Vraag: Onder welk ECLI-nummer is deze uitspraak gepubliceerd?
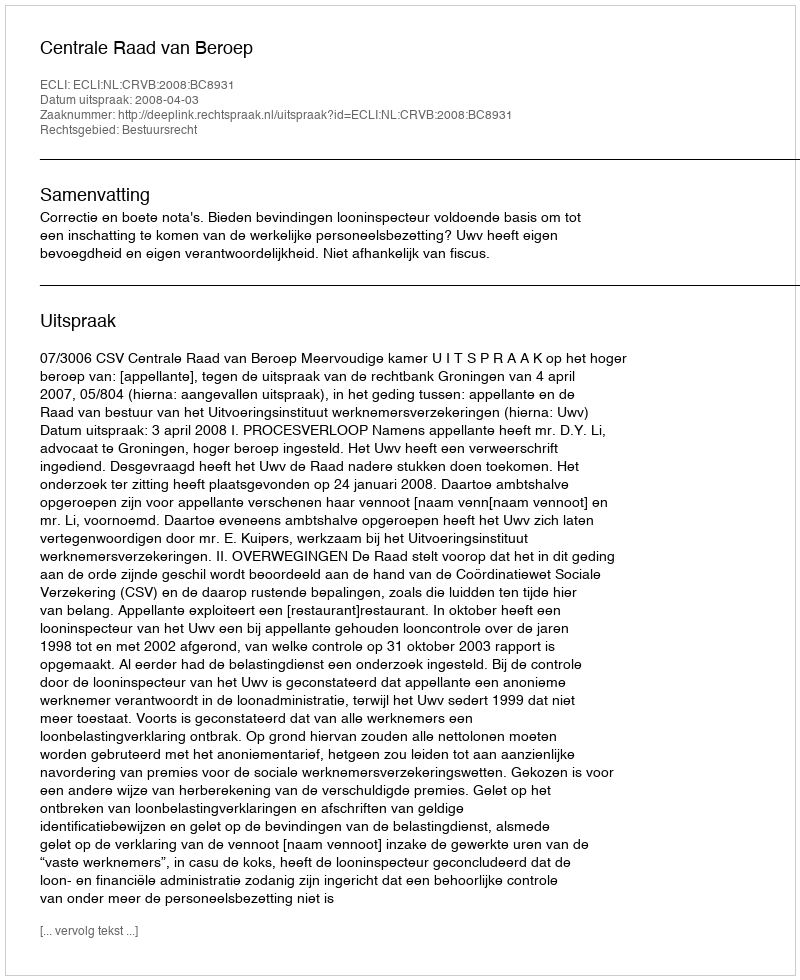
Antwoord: ECLI:NL:CRVB:2008:BC8931